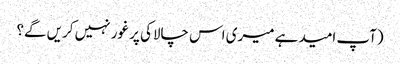
(آپ امید ہے میری اس چالاکی پر غور نہیں کریں گے؟